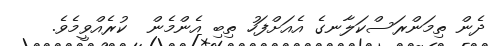
ދެން ތިމަންރަސްކަލާނގެ އެއަށްފަހު ތިބި އެންމެން  ކުރެއްވީމެވެ.